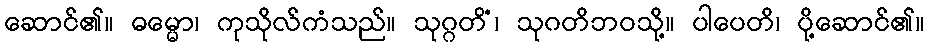
ဆောင်၏။ ဓမ္မော၊ ကုသိုလ်ကံသည်။ သုဂ္ဂတိံ၊ သုဂတိဘဝသို့။ ပါပေတိ၊ ပို့ဆောင်၏။